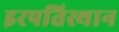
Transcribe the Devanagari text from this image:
इरपतिस्थान